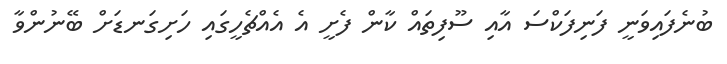
ބުނެފައިވަނީ ފަނިފަކްސަ އާއި ސޫފިތައް ކާން ފެށީ އެ އެއްޗެހީގައި ހަށިގަނޑަށް ބޭނުންވާ